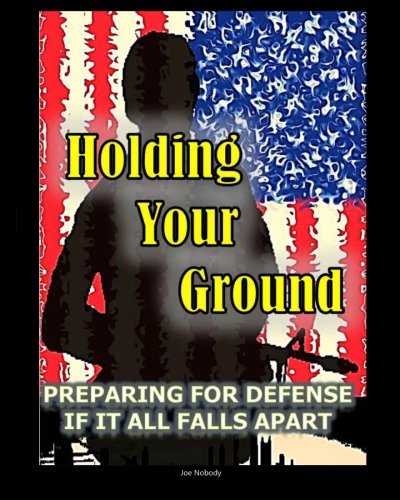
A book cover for Holding Your Ground: Preparing for Defense if it All Falls Apart; Joe Nobody; Health, Fitness & Dieting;